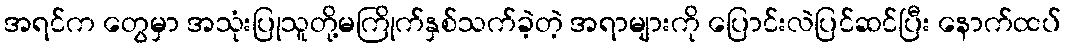
အရင်က တွေမှာ အသုံးပြုသူတို့မကြိုက်နှစ်သက်ခဲ့တဲ့ အရာများကို ပြောင်းလဲပြင်ဆင်ပြီး နောက်ထပ်